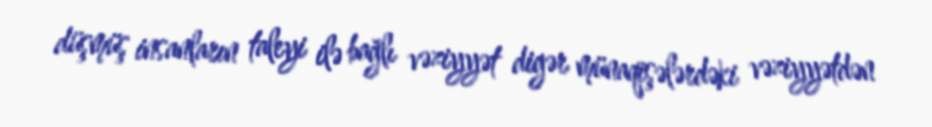
düşmüş insanların taleyi ilə bağlı vəziyyət digər münaqişələrdəki vəziyyətdən